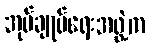
အုပ်ချုပ်ရေးအဖွဲ့က